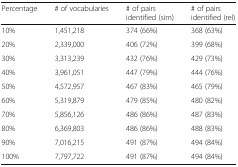
<table><thead><tr><td><b>Percentage</b></td><td><b># of vocabularies</b></td><td><b># of pairs identified (sim)</b></td><td><b># of pairs identified (rel)</b></td></tr></thead><tbody><tr><td>10%</td><td>1,451,218</td><td>374 (66%)</td><td>368 (63%)</td></tr><tr><td>20%</td><td>2,339,000</td><td>406 (72%)</td><td>399 (68%)</td></tr><tr><td>30%</td><td>3,313,239</td><td>432 (76%)</td><td>429 (73%)</td></tr><tr><td>40%</td><td>3,961,051</td><td>447 (79%)</td><td>444 (76%)</td></tr><tr><td>50%</td><td>4,572,957</td><td>467 (83%)</td><td>465 (79%)</td></tr><tr><td>60%</td><td>5,319,879</td><td>479 (85%)</td><td>480 (82%)</td></tr><tr><td>70%</td><td>5,856,126</td><td>486 (86%)</td><td>487 (83%)</td></tr><tr><td>80%</td><td>6,369,803</td><td>486 (86%)</td><td>488 (83%)</td></tr><tr><td>90%</td><td>7,016,215</td><td>491 (87%)</td><td>494 (84%)</td></tr><tr><td>100%</td><td>7,797,722</td><td>491 (87%)</td><td>494 (84%)</td></tr></tbody></table>